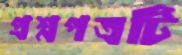
প্রশ্নপত্রটি